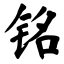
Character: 铭